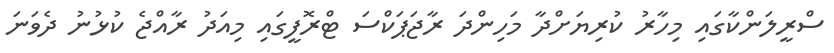
ސްރީލަންކާގައި މިހާރު ކުރިޔަށްދާ މަހިންދަ ރާޖަޕަކްސަ ޓްރޮފީގައި މިއަދު ރާއްޖެ ކުޅުނު ދެވަނަ